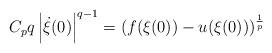
LaTeX: \begin{align*} C_pq\left|\dot{\xi}(0)\right|^{q-1}=(f(\xi(0))-u(\xi(0)))^\frac{1}{p}\end{align*}